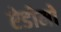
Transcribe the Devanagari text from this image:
ऐडोमो